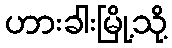
ဟားခါးမြို့သို့